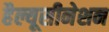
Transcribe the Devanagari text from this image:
हैल्यूसीनेशन